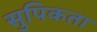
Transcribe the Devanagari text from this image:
सुपिकता